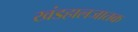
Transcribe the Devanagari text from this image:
खंडहालजातक